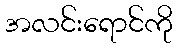
အလင်းရောင်ကို